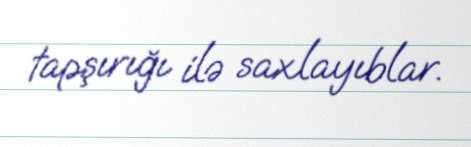
tapşırığı ilə saxlayıblar.